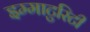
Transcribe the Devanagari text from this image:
इम्माटुरिटी